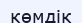
көмдік